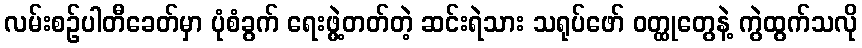
လမ်းစဉ်ပါတီခေတ်မှာ ပုံစံခွက် ရေးဖွဲ့တတ်တဲ့ ဆင်းရဲသား သရုပ်ဖော် ဝတ္ထုတွေနဲ့ ကွဲထွက်သလို